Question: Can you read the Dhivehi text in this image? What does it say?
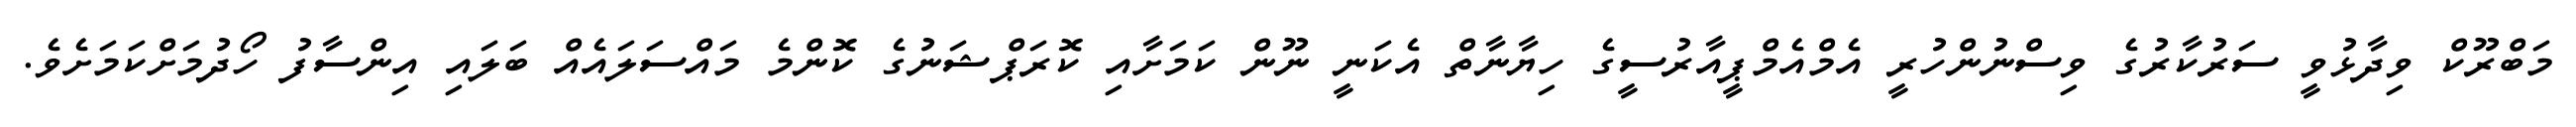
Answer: މަބްރޫކް ވިދާޅުވީ ސަރުކާރުގެ ވިސްނުންހުރީ އެމްއެމްޕީއާރުސީގެ ހިޔާނާތް އެކަނީ ނޫން ކަމަށާއި ކޮރަޕްޝަނުގެ ކޮންމެ މައްސަލައެއް ބަލައި އިންސާފު ހޯދުމަށްކަމަށެވެ.